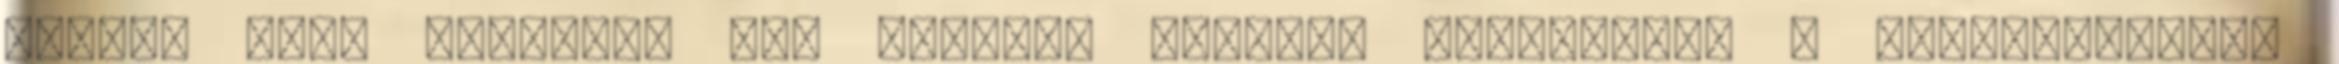
italt, mert különben nem képesek ellátni hatékonyan a feladataikat.